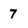
Character: 7